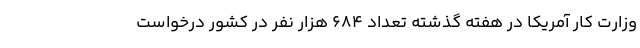
وزارت کار آمریکا در هفته گذشته تعداد ۶۸۴ هزار نفر در کشور درخواست